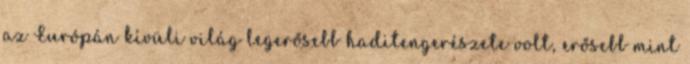
az Európán kívüli világ legerősebb haditengerészete volt, erősebb mint